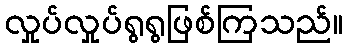
လှုပ်လှုပ်ရွရွဖြစ်ကြသည်။